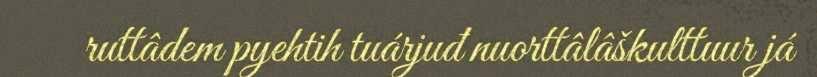
ruttâdem pyehtih tuárjuđ nuorttâlâškulttuur já